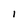
Character: l